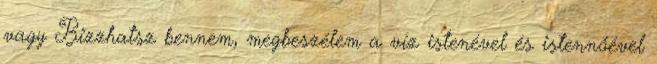
vagy Bizzhatsz bennem, megbeszélem a víz istenével és istennőével